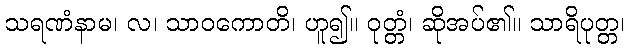
သရဏံနာမ၊ လ၊ သာဝကောတိ၊ ဟူ၍။ ဝုတ္တံ၊ ဆိုအပ်၏။ သာရိပုတ္တ၊